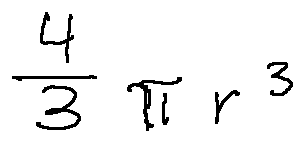
\frac { 4 } { 3 } \pi r ^ { 3 }